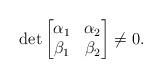
LaTeX: \begin{align*}\det \begin{bmatrix}\alpha_1 & \alpha_2\\\beta_1 & \beta_2 \end{bmatrix} \ne 0.\end{align*}